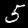
Digit: 5